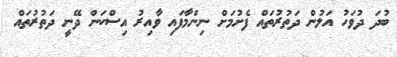
ބުދަ ދުވަހު އަލުން ދަތުރުތައް ފެށުމަށް ނިންމާފައި ވާއިރު އިސްކަން ދޭނީ ދަތުރުތައް